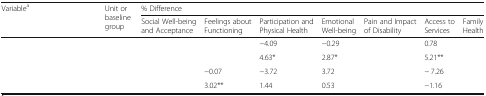
<table><thead><tr><td rowspan="2"><b>Variable<sup>a</sup></b></td><td rowspan="2"><b>Unit or baseline group</b></td><td colspan="7"><b>% Difference</b></td></tr><tr><td><b>Social Well-being and Acceptance</b></td><td><b>Feelings about Functioning</b></td><td><b>Participation and Physical Health</b></td><td><b>Emotional Well-being</b></td><td><b>Pain and Impact of Disability</b></td><td><b>Access to Services</b></td><td><b>Family Health</b></td></tr></thead><tbody><tr><td>[EMPTY_CELL]</td><td>[EMPTY_CELL]</td><td>[EMPTY_CELL]</td><td>[EMPTY_CELL]</td><td>−4.09</td><td>−0.29</td><td>[EMPTY_CELL]</td><td>0.78</td><td>[EMPTY_CELL]</td></tr><tr><td>[EMPTY_CELL]</td><td>[EMPTY_CELL]</td><td>[EMPTY_CELL]</td><td>[EMPTY_CELL]</td><td>4.63*</td><td>2.87*</td><td>[EMPTY_CELL]</td><td>5.21**</td><td>[EMPTY_CELL]</td></tr><tr><td>[EMPTY_CELL]</td><td>[EMPTY_CELL]</td><td>[EMPTY_CELL]</td><td>−0.07</td><td>−3.72</td><td>3.72</td><td>[EMPTY_CELL]</td><td>− 7.26</td><td>[EMPTY_CELL]</td></tr><tr><td>[EMPTY_CELL]</td><td>[EMPTY_CELL]</td><td>[EMPTY_CELL]</td><td>3.02**</td><td>1.44</td><td>0.53</td><td>[EMPTY_CELL]</td><td>−1.16</td><td>[EMPTY_CELL]</td></tr></tbody></table>